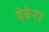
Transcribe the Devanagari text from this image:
देवेना